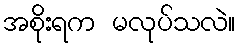
အစိုးရက မလုပ်သလဲ။